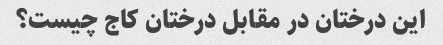
این درختان در مقابل درختان کاج چیست؟